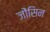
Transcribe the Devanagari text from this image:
जोंसिन